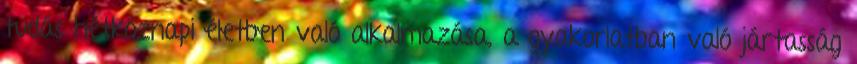
tudás hétköznapi életben való alkalmazása, a gyakorlatban való jártasság